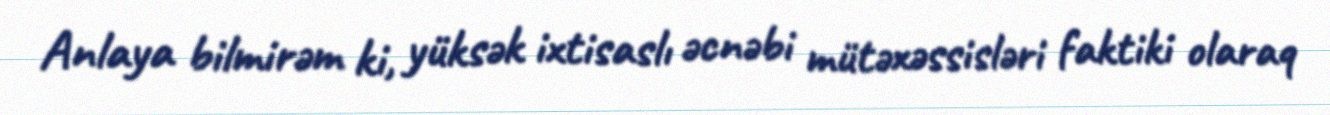
Anlaya bilmirəm ki, yüksək ixtisaslı əcnəbi mütəxəssisləri faktiki olaraq